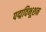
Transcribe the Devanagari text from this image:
पद्मविभूशन